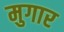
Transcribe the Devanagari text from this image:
मुगार